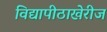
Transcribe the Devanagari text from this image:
विद्यापीठाखेरीज